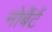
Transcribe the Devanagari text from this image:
नोर्बेर्ट